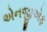
એનજીએફ